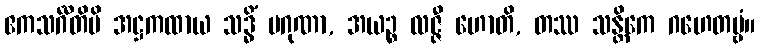
ဧကသင်္ဂီတိပိ အဋ္ဌကထာယ သဒ္ဓိံ ပဂုဏာ, အယဉ္စ လဇ္ဇီ ဟောတိ, တဿ သန္တိကေ ဂဟေတဗ္ဗံ။